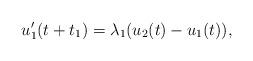
LaTeX: \begin{align*}u_1'(t+t_1)=\lambda_1(u_{2}(t)-u_1(t)),\end{align*}